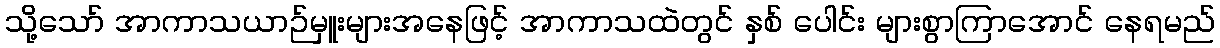
သို့သော် အာကာသယာဉ်မှူးများအနေဖြင့် အာကာသထဲတွင် နှစ် ပေါင်း များစွာကြာအောင် နေရမည်